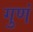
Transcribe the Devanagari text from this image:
गुणं